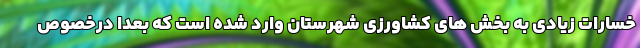
خسارات زیادی به بخش های کشاورزی شهرستان وارد شده است که بعدا درخصوص